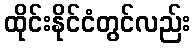
ထိုင်းနိုင်ငံတွင်လည်း